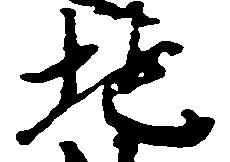
地